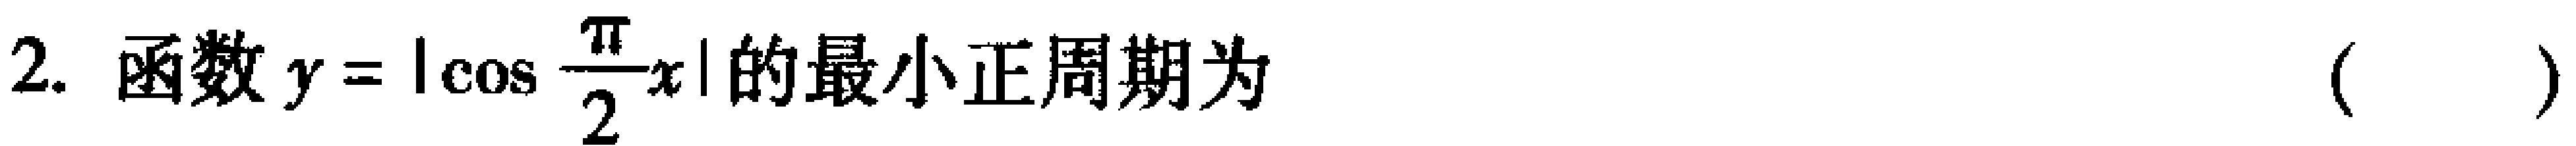
2. 函数\(y = \left|\cos\frac{\pi}{2}x\right|\)的最小正周期为 （  ）